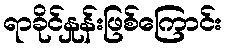
ရာခိုင်နှုန်းဖြစ်ကြောင်း